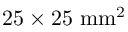
\mathrm { 2 5 \times 2 5 ~ m m ^ { 2 } }